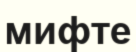
мифте